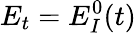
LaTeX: E_{t}=E_{I}^{0}(t)